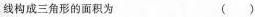
线构成三角形的面积为 ( )